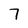
Character: 7